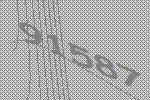
91587